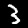
Digit: 3